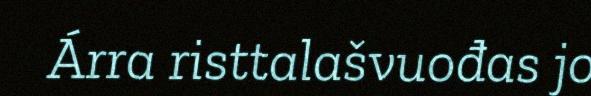
Árra risttalašvuođas jo